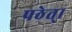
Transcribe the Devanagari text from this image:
पठेत्।